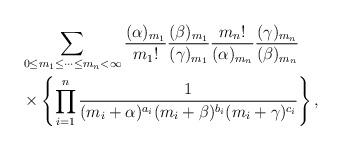
LaTeX: \begin{align*}\begin{aligned}&\sum_{0{\le}m_1{\le}\cdots{\le}m_n<\infty}\frac{(\alpha)_{m_1}}{{m_1}!}\frac{(\beta)_{m_1}}{(\gamma)_{m_1}}\frac{{m_n}!}{(\alpha)_{m_n}}\frac{(\gamma)_{m_{n}}}{(\beta)_{m_n}}\\&\times\left\{\prod_{i=1}^{n}\frac{1}{(m_i+\alpha)^{a_i}(m_i+\beta)^{b_i}(m_i+\gamma)^{c_i}}\right\},\end{aligned}\end{align*}